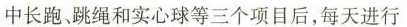
中长跑、跳绳和实心球等三个项目后，每天进行